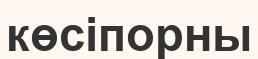
көсіпорны